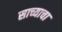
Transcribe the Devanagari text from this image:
साच्याचा